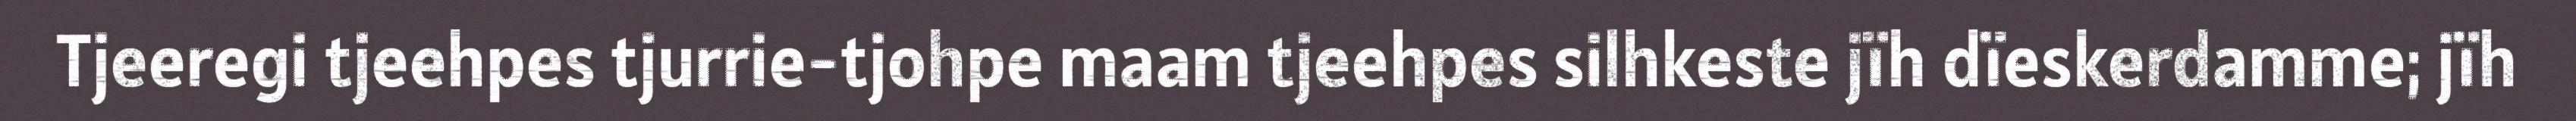
Tjeeregi tjeehpes tjurrie-tjohpe maam tjeehpes silhkeste jïh dïeskerdamme; jïh